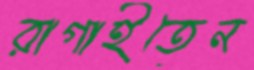
রাগাইতেন